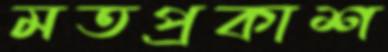
মতপ্রকাশ